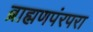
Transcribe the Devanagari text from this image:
ब्राह्मणपंरपरा